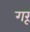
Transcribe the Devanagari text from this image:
गरू